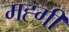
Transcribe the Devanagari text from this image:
मह्गी